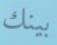
بينك